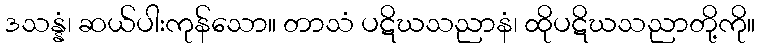
ဒသန္နံ၊ ဆယ်ပါးကုန်သော။ တာသံ ပဋိဃသညာနံ၊ ထိုပဋိဃသညာတို့ကို။